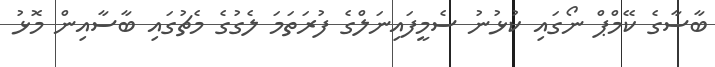
ބާސާގެ ކޭމްޕް ނޯގައި ކުޅުނު ސެމީފައިނަލްގެ ފުރަތަމަ ލެގުގެ މެޗުގައި ބާސާއިން މޮޅު